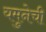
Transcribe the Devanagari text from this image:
यमुनेची